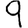
Digit: 9